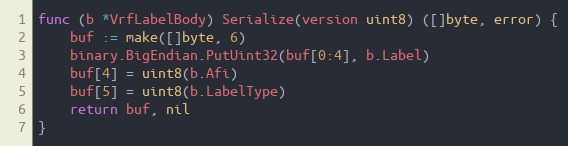
Language: Go
func (b *VrfLabelBody) Serialize(version uint8) ([]byte, error) {
	buf := make([]byte, 6)
	binary.BigEndian.PutUint32(buf[0:4], b.Label)
	buf[4] = uint8(b.Afi)
	buf[5] = uint8(b.LabelType)
	return buf, nil
}